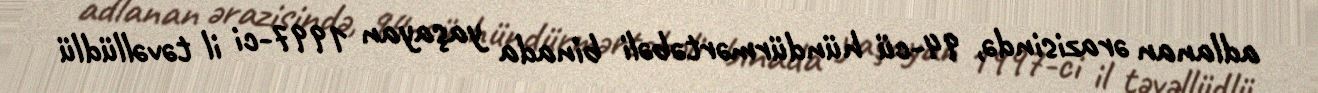
adlanan ərazisində, 94-cü hündürmərtəbəli binada yaşayan 1997-ci il təvəllüdlü